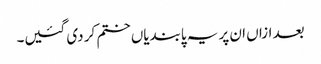
بعد ازاں ان پر یہ پابندیاں ختم کر دی گئیں۔